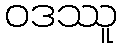
ဝဒဿူ